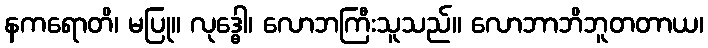
နကရောတိ၊ မပြု။ လုဒ္ဓေါ၊ လောဘကြီးသူသည်။ လောဘာဘိဘူတတာယ၊